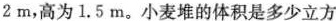
2m，高为1.5m。小麦堆的体积是多少立方